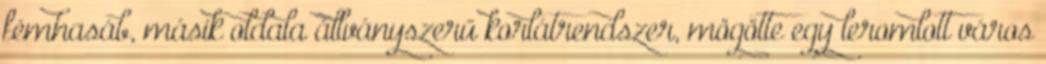
fémhasáb, másik oldala állványszerű korlátrendszer, mögötte egy leromlott város